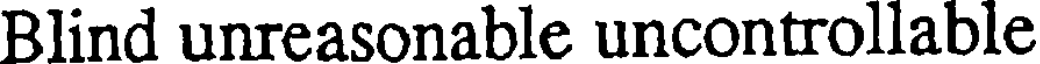
Blind unreasonable uncontrollable